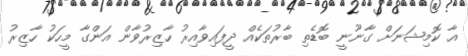
އާ ކޮމިޝަނަށް ގާނޫނީ ބޮޑެތި ބާރުތަކެއް ދީފައިވާއިރު ހާޒިރުވާން އަންގާ މީހަކު ހާޒިރު